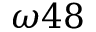
\omega 4 8